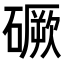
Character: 𥕲